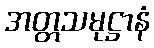
အတ္တသမုဋ္ဌာနံ